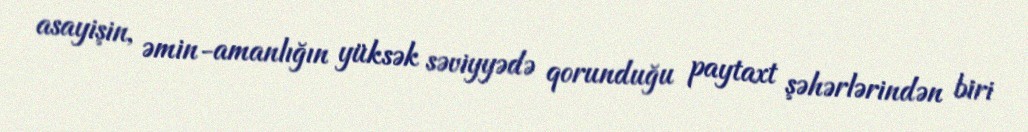
asayişin, əmin-amanlığın yüksək səviyyədə qorunduğu paytaxt şəhərlərindən biri